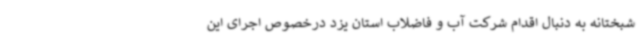
شبختانه به دنبال اقدام شرکت آب و فاضلاب استان یزد درخصوص اجرای این